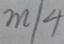
m / 4